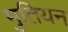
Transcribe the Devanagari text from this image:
मुतियन